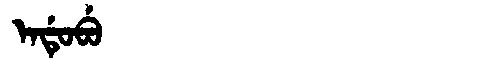
Manchu: ᡝᠨᡩᡠᠪᡠ
Romanization: ENDUBU